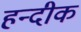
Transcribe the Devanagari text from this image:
हन्दीक